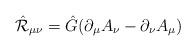
LaTeX: \begin{align*}\hat{\cal R}_{\mu\nu}=\hat{G}(\partial_\mu A_\nu-\partial_\nu A_\mu) \end{align*}